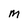
Character: m